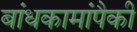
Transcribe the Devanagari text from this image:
बांधकामांपैकी